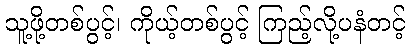
သူ့ဖို့တစ်ပွင့်၊ ကိုယ့်တစ်ပွင့် ကြည့်လို့ပနံတင့်